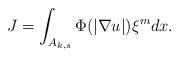
LaTeX: \begin{align*}J= \int_{A_{k, s}}\Phi(\vert \nabla u\vert)\xi^{m}dx.\end{align*}